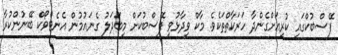
ފޭސްބުކްގައި ކުރިއަށްގެންދާ ހަރަކާތްތަކެވެ. މާކް ވިދާޅުވީ ފޭސްބުކަށް މިބަދަލު ގެނައުމުން އެނެޓްވޯކް ބޭނުންކުރާ